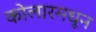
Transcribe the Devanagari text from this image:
कोलारमधून